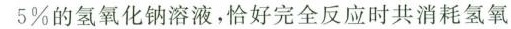
5\%的氢氧化钠溶液，恰好完全反应时共消耗氢氧